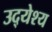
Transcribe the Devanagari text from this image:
उद्‍येश्य